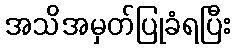
အသိအမှတ်ပြုခံရပြီး